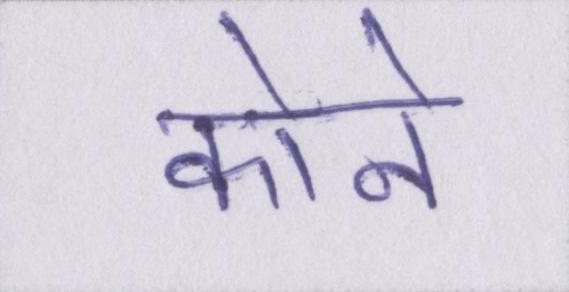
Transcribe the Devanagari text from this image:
कोने